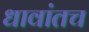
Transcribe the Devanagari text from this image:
धावांतच